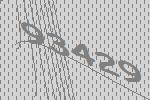
93429